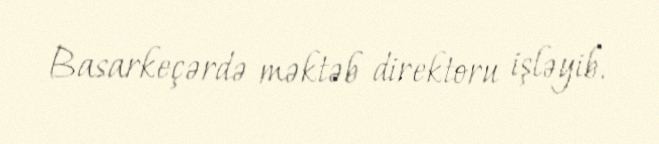
Basarkeçərdə məktəb direktoru işləyib.